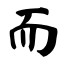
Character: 而